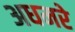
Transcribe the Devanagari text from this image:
अधमरे